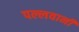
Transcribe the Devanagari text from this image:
पल्लवानी